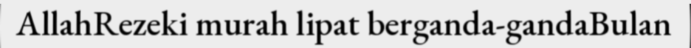
AllahRezeki murah lipat berganda-gandaBulan